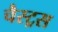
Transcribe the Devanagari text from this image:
चैस्ट्रस